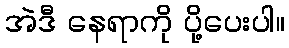
အဲဒီ နေရာကို ပို့ပေးပါ။